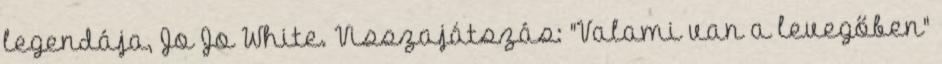
legendája, Jo Jo White. Visszajátszás: "Valami van a levegőben"